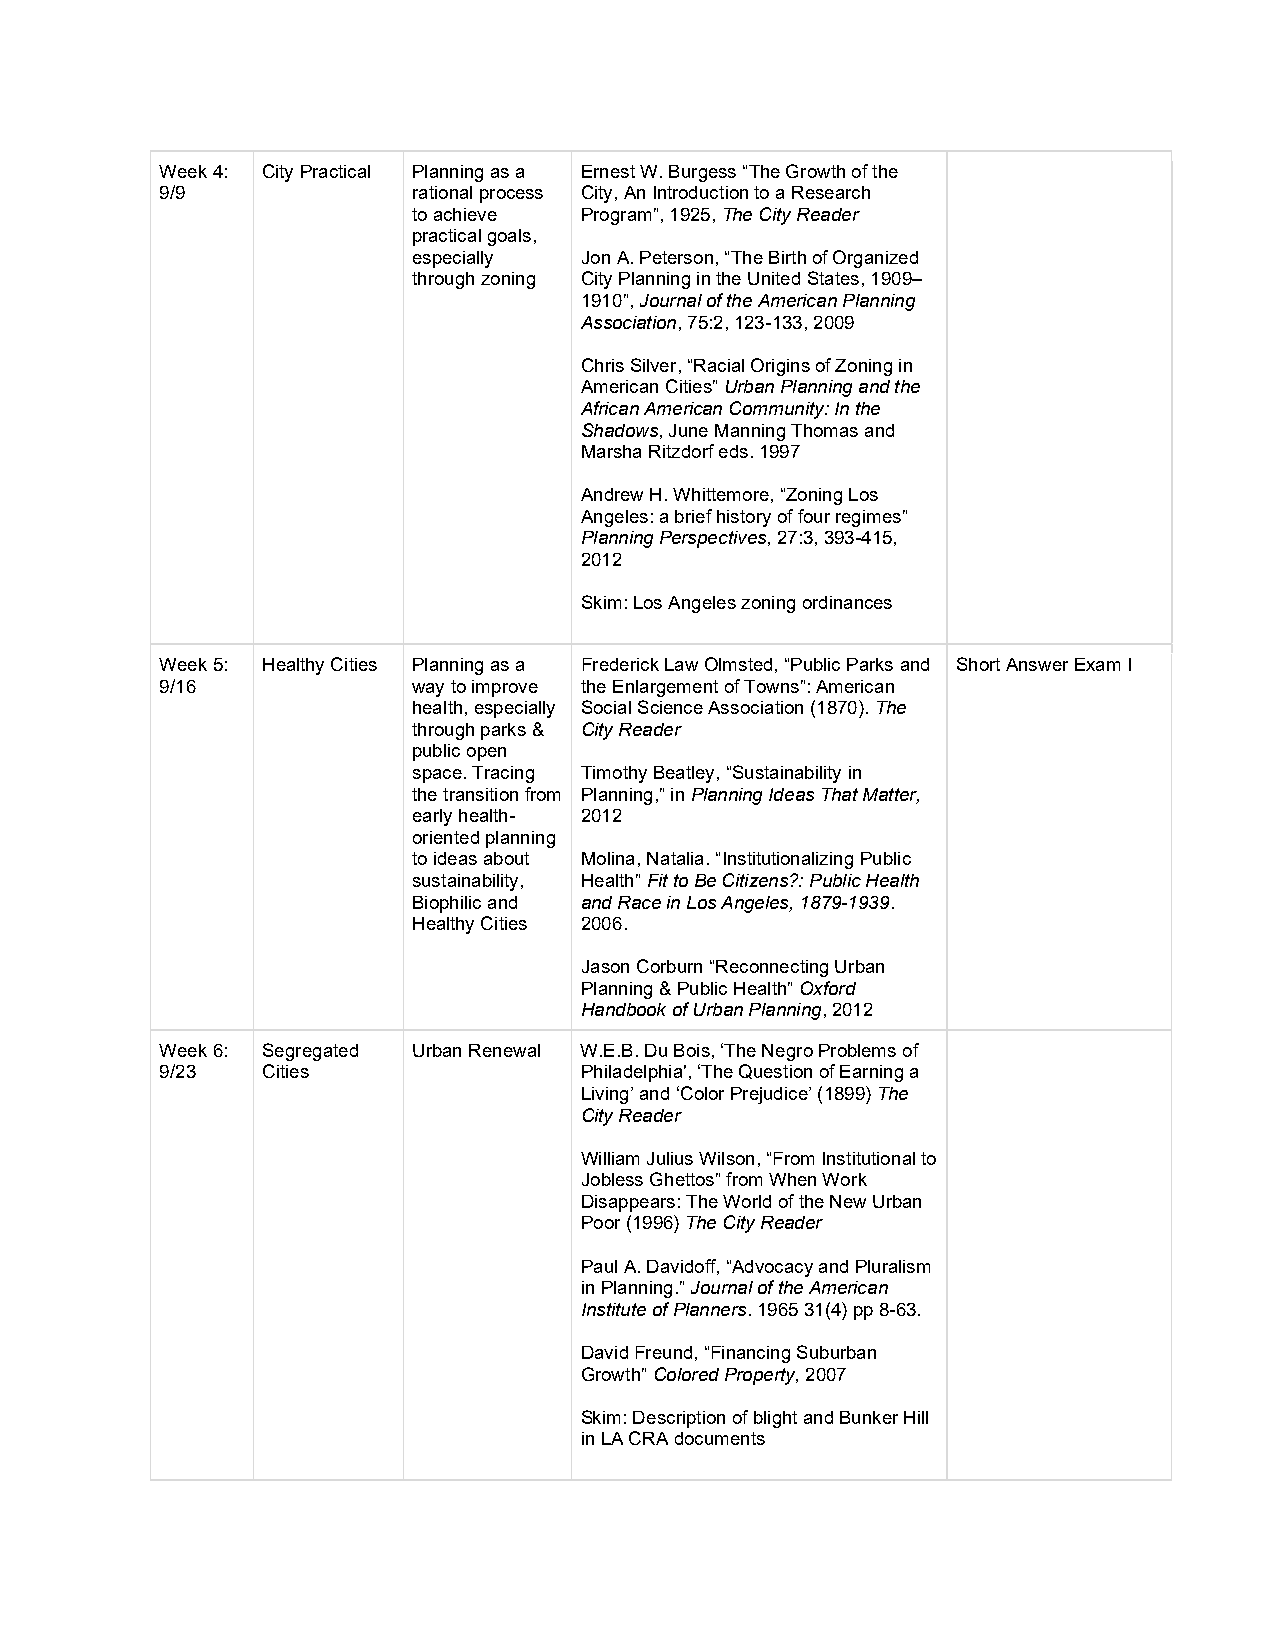
Week 4: City Practical Planning as a Ernest W. Burgess “The Growth of the
 9/9             rational process City, An Introduction to a Research
 to achieve Program”, 1925, The City Reader
 practical goals,
 especially Jon A. Peterson, “The Birth of Organized
 through zoning City Planning in the United States, 1909–
 1910”, Journal of the American Planning
 Association, 75:2, 123-133, 2009
 Chris Silver, “Racial Origins of Zoning in
 American Cities” Urban Planning and the
 African American Community: In the
 Shadows, June Manning Thomas and
 Marsha Ritzdorf eds. 1997
 Andrew H. Whittemore, “Zoning Los
 Angeles: a brief history of four regimes”
 Planning Perspectives, 27:3, 393-415,
 2012
 Skim: Los Angeles zoning ordinances
 Week 5: Healthy Cities Planning as a Frederick Law Olmsted, “Public Parks and Short Answer Exam I
 9/16            way to improve the Enlargement of Towns”: American
 health, especially Social Science Association (1870). The
 through parks & City Reader
 public open
 space. Tracing Timothy Beatley, “Sustainability in
 the transition from Planning,” in Planning Ideas That Matter,
 early health- 2012
 oriented planning
 to ideas about Molina, Natalia. “Institutionalizing Public
 sustainability, Health” Fit to Be Citizens?: Public Health
 Biophilic and and Race in Los Angeles, 1879-1939.
 Healthy Cities 2006.
 Jason Corburn “Reconnecting Urban
 Planning & Public Health” Oxford
 Handbook of Urban Planning, 2012
 Week 6: Segregated Urban Renewal W.E.B. Du Bois, ‘The Negro Problems of
 9/23  Cities               Philadelphia', ‘The Question of Earning a
 Living’ and ‘Color Prejudice’ (1899) The
 City Reader
 William Julius Wilson, “From Institutional to
 Jobless Ghettos” from When Work
 Disappears: The World of the New Urban
 Poor (1996) The City Reader
 Paul A. Davidoff, “Advocacy and Pluralism
 in Planning.” Journal of the American
 Institute of Planners. 1965 31(4) pp 8-63.
 David Freund, “Financing Suburban
 Growth” Colored Property, 2007
 Skim: Description of blight and Bunker Hill
 in LA CRA documents